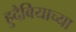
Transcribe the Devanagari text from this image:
हुदैबियाच्या